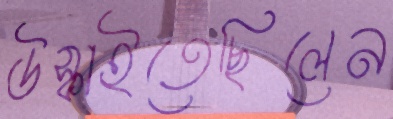
উস্‌কাইতেছিলেন